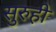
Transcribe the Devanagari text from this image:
सुरुही